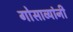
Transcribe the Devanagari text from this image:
गोसाव्यांनी